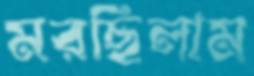
মরছিলাম